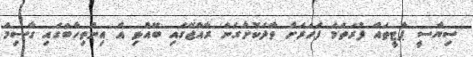
ސިޔާސީ ޕާޓީތައް ފުރަތަމަ ފަހަރަށް ވާދަކޮށްގެން ރާއްޖޭގައި ބޭއްވި އެ އިންތިހާބުގައި ގާސިމް